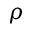
\rho